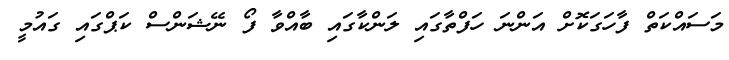
މަސައްކަތް ފާހަގަކޮށް އަންނަ ހަފްތާގައި ލަންކާގައި ބާއްވާ ފޯ ނޭޝަންސް ކަޕްގައި ގައުމީ